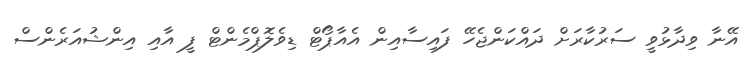
އޭނާ ވިދާޅުވީ ސަރުކާރަށް ދައްކަންޖެހޭ ފައިސާއިން އެއާޕޯޓް ޑިވެލޮޕްމެންޓް ފީ އާއި އިންޝުއަރެންސް